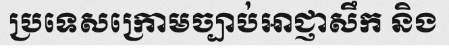
ប្រទេសក្រោមច្បាប់អាជ្ញាសឹក និង